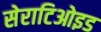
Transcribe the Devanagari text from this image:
सेराटिओइड